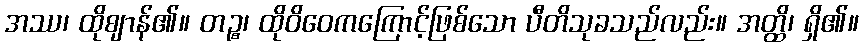
အဿ၊ ထိုဈာန်၏။ တဉ္စ၊ ထိုဝိဝေကကြောင့်ဖြစ်သော ပီတိသုခသည်လည်း။ အတ္ထိ၊ ရှိ၏။